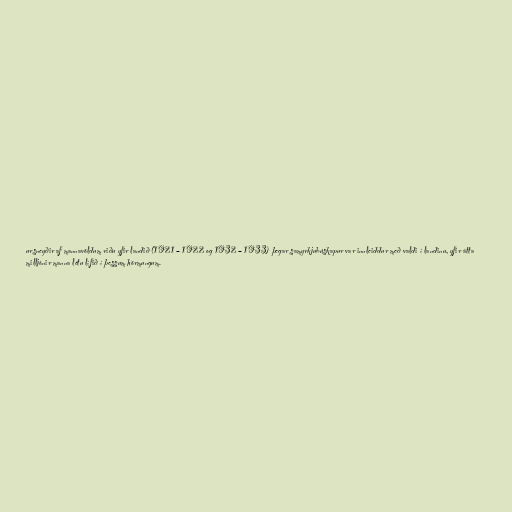
ursneyðir af mannavöldum riðu yfir landið (1921 – 1922 og 1932 – 1933) þegar samyrkjubúskapur var innleiddur með valdi í landinu, yfir átta
milljónir manna létu lífið í þessum hörmungum.